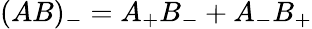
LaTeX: (AB)_{-}=A_{+}B_{-}+A_{-}B_{+}